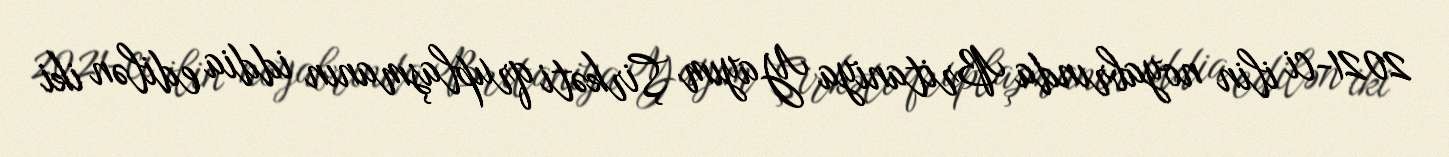
2021-ci ilin noyabrında Britaniya Yayım Şirkəti qruplaşmanın iddia edilən iki